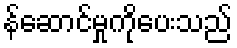
န်ဆောင်မှုကိုပေးသည်